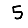
Digit: 5